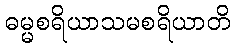
ဓမ္မစရိယာသမစရိယာတိ